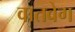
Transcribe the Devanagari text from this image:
वातवेग